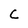
Character: C